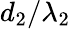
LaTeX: d_{2}/\lambda_{2}